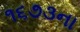
૧૬૭૩ના